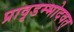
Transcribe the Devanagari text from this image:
प्रावृडम्भोदवत्